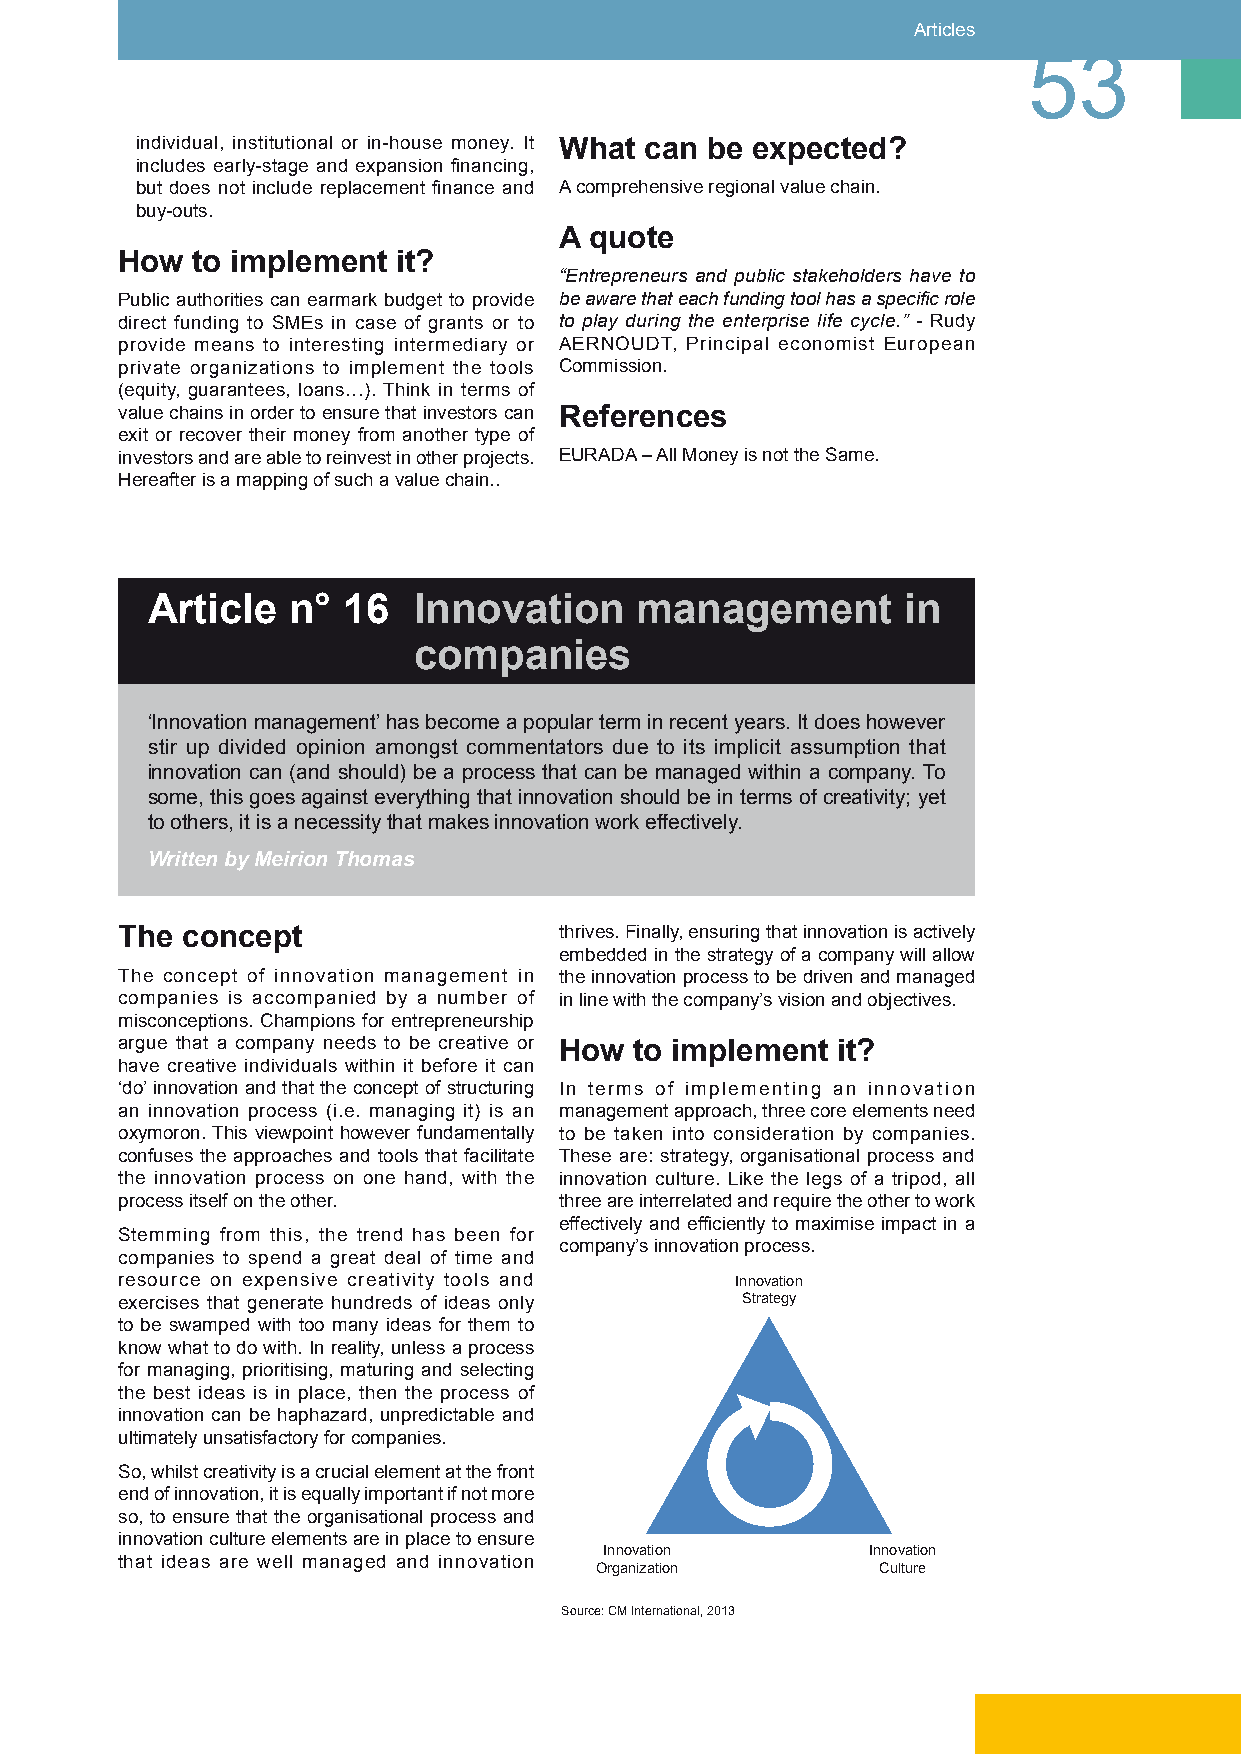
Articles
 53
 individual, institutional or in-house money. It What can be expected?
 includes early-stage and expansion financing,
 but does not include replacement finance and A comprehensive regional value chain.
 buy-outs.
 A quote
 How  to implement it?
 “Entrepreneurs and public stakeholders have to
 Public authorities can earmark budget to provide be aware that each funding tool has a specific role
 direct funding to SMEs in case of grants or to to play during the enterprise life cycle.” - Rudy
 provide means to interesting intermediary or AERNOUDT, Principal economist European
 private organizations to implement the tools Commission.
 (equity, guarantees, loans…). Think in terms of
 value chains in order to ensure that investors can References
 exit or recover their money from another type of
 investors and are able to reinvest in other projects. EURADA – All Money is not the Same.
 Hereafter is a mapping of such a value chain..
 Article  n°  16  Innovation     management        in
 companies
 ‘Innovation management’ has become a popular term in recent years. It does however
 stir up divided opinion amongst commentators due to its implicit assumption that
 innovation can (and should) be a process that can be managed within a company. To
 some, this goes against everything that innovation should be in terms of creativity; yet
 to others, it is a necessity that makes innovation work effectively.
 Written by Meirion Thomas
 The concept                  thrives. Finally, ensuring that innovation is actively
 embedded in the strategy of a company will allow
 The concept of innovation management in the innovation process to be driven and managed
 companies is accompanied by a number of in line with the company’s vision and objectives.
 misconceptions. Champions for entrepreneurship
 argue that a company needs to be creative or How to implement it?
 have creative individuals within it before it can
 ‘do’ innovation and that the concept of structuring In terms of implementing an innovation
 an innovation process (i.e. managing it) is an management approach, three core elements need
 oxymoron. This viewpoint however fundamentally to be taken into consideration by companies.
 confuses the approaches and tools that facilitate These are: strategy, organisational process and
 the innovation process on one hand, with the innovation culture. Like the legs of a tripod, all
 process itself on the other. three are interrelated and require the other to work
 effectively and efficiently to maximise impact in a
 Stemming from this, the trend has been for
 company’s innovation process.
 companies to spend a great deal of time and
 resource on expensive creativity tools and Innovation
 exercises that generate hundreds of ideas only Strategy
 to be swamped with too many ideas for them to
 know what to do with. In reality, unless a process
 for managing, prioritising, maturing and selecting
 the best ideas is in place, then the process of
 innovation can be haphazard, unpredictable and
 ultimately unsatisfactory for companies.
 So, whilst creativity is a crucial element at the front
 end of innovation, it is equally important if not more
 so, to ensure that the organisational process and
 innovation culture elements are in place to ensure
 Innovation        Innovation
 that ideas are well managed and innovation
 Organization       Culture
 Source: CM International, 2013